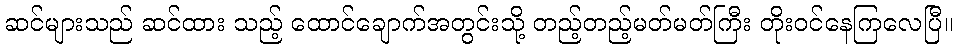
ဆင်များသည် ဆင်ထား သည့် ထောင်ချောက်အတွင်းသို့ တည့်တည့်မတ်မတ်ကြီး တိုးဝင်နေကြလေပြီ။